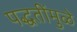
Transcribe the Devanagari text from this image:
पद्धतींमुळे